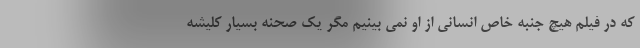
که در فیلم هیچ جنبه خاص انسانی از او نمی بینیم مگر یک صحنه بسیار کلیشه